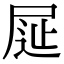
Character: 𡱦